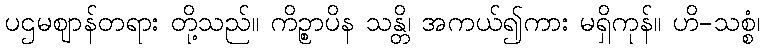
ပဌမဈာန်တရား တို့သည်။ ကိဉ္စာပိန သန္တိ၊ အကယ်၍ကား မရှိကုန်။ ဟိ-သစ္စံ၊